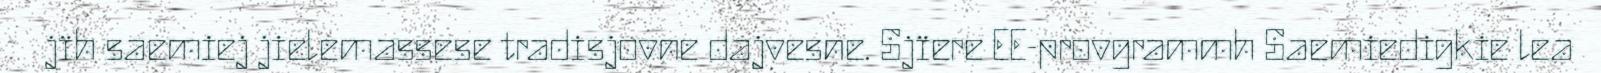
jïh saemiej jielemassese tradisjovne dajvesne. Sjïere EE-provgrammh Saemiedigkie lea